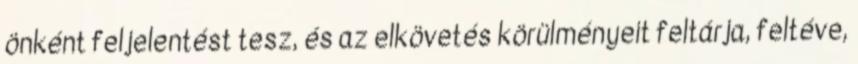
önként feljelentést tesz, és az elkövetés körülményeit feltárja, feltéve,